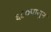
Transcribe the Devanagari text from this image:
६८०पासून